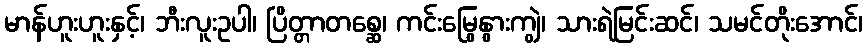
မာန်ဟူးဟူးနှင့်၊ ဘီးလူးဥပါ၊ ပြိတ္တာတစ္ဆေ၊ ကင်းမြွေနွားကျွဲ၊ သားရဲမြင်းဆင်၊ သမင်တိုးအောင်၊